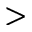
>